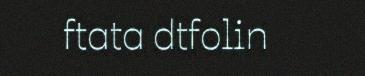
ftata dtfolin